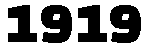
1919